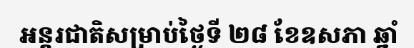
អន្តរជាតិសម្រាប់ថ្ងៃទី ២៨ ខែឧសភា ឆ្នាំ